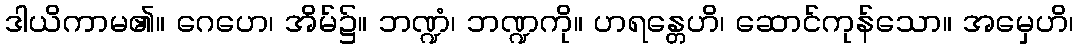
ဒါယိကာမ၏။ ဂေဟေ၊ အိမ်၌။ ဘဏ္ဍံ၊ ဘဏ္ဍကို။ ဟရန္တေဟိ၊ ဆောင်ကုန်သော။ အမှေဟိ၊